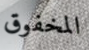
المخفوق